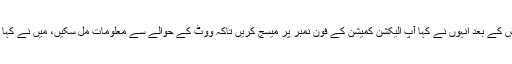
مَیں نے اپنا شناختی کارڈ اُن کے حوالے کیا تو دس پندرہ منٹ تک تلاش کے بعد انہوں نے کہا آپ الیکشن کمیشن کے فون نمبر پر میسج کریں تاکہ ووٹ کے حوالے سے معلومات مل سکیں، مَیں نے کہا گزشتہ دو روز سے کوشش کر رہا ہوں،مگر کوئی جواب نہیں مل رہا۔